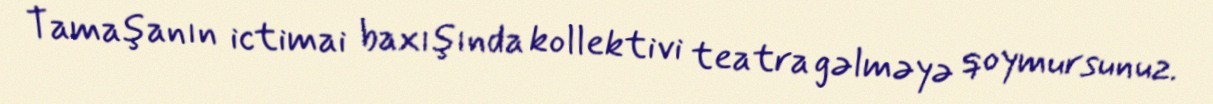
Tamaşanın ictimai baxışında kollektivi teatra gəlməyə qoymursunuz.